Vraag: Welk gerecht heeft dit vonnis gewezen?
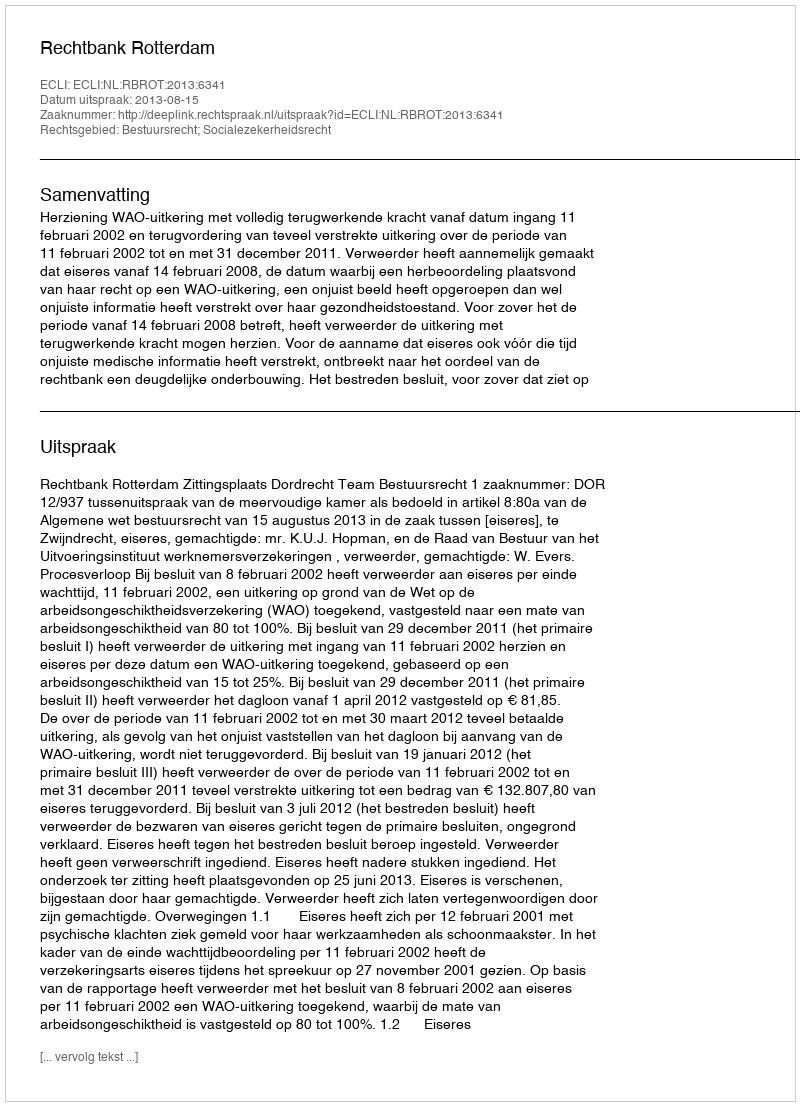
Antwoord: Rechtbank Rotterdam